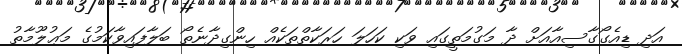
އަދި ޑިއެގޯގާސިއާއަށް ދާ މަގުމަތީގައި ވަކި ކަހަލަ ހަރަކާތްތަކެއް ހިންގިދާނެތޯ ބަލާފައިވާކަމުގެ މަޢުލޫމާތު